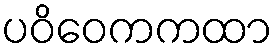
ပဝိဝေကကထာ